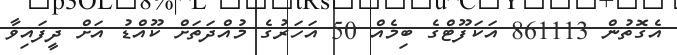
އެގޮތުން 861113 އަކަފޫޓްގެ ބިމެއް 50 އަހަރުގެ މުއްދަތަށް ކޫއްޑު އަށް ދީފައިވާ